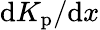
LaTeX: \mathrm{d}K_{\mathrm{p}}/\mathrm{d}x